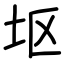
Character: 𫭟